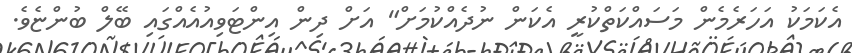
އެކަމަކު އަހަރެމެން މަސައްކަތްކުރީ އެކަން ނުދެއްކުމަށް" އަށް ދިން އިންޓަވިއުއެއްގައި ބޭލް ބުންޏެވެ.